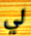
لي